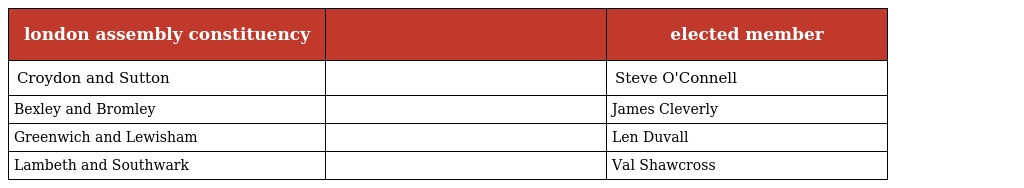
| london assembly constituency |  | elected member |
 | --- | --- | --- |
 | Croydon and Sutton |  | Steve O'Connell |
 | Bexley and Bromley |  | James Cleverly |
 | Greenwich and Lewisham |  | Len Duvall |
 | Lambeth and Southwark |  | Val Shawcross |